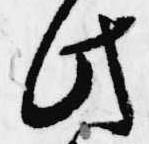
此